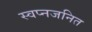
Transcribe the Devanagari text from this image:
स्वप्नजनित